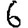
Digit: 6